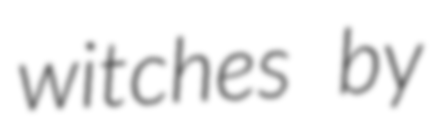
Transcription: witches by